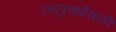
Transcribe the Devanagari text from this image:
लालुचाईंसाठीं